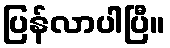
ပြန်လာပါပြီ။